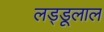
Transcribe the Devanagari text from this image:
लड्डूलाल